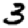
Digit: 3